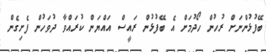
ބޭފުޅުންނަށް ރުހުން ހޯދުމަށް އެ ބޭފުޅުން ރައީސް އައްޔަން ކުރައްވާ ދުވަހުން ފެށިގެން